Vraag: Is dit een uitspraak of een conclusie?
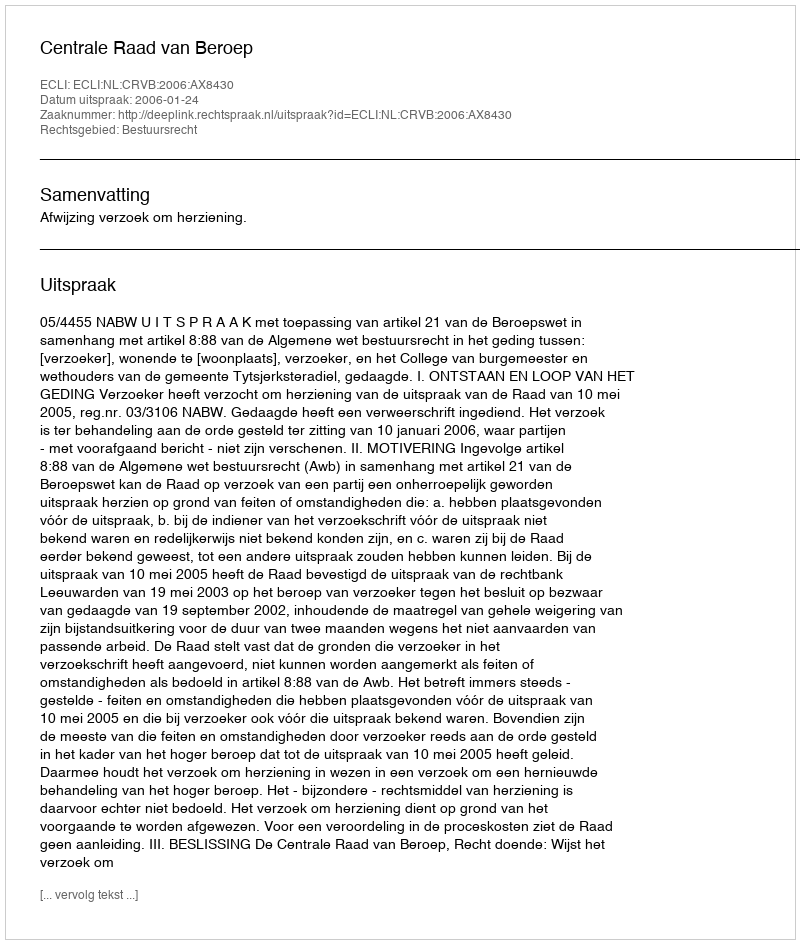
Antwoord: Uitspraak